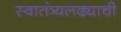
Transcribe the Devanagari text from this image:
स्वातंत्र्यलढ्याची